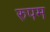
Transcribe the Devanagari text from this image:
रुपम